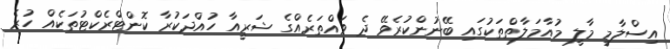
އިސްލާމީ މާލީ މުއާމަލާތްތަކުގައި ބޭނުންކުރެވޭ ދެ ވައްތަރެއްގެ ޝަރީއާ ހުއްދަކުރާ ކޮންޓްރެކްޓުތަކެއް ހުރެ